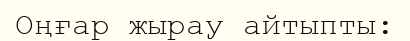
Оңғар жырау айтыпты: